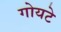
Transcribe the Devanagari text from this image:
गोयटे